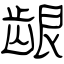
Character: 龈